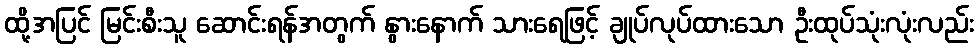
ထို့အပြင် မြင်းစီးသူ ဆောင်းရန်အတွက် နွားနောက် သားရေဖြင့် ချုပ်လုပ်ထားသော ဦးထုပ်သုံးလုံးလည်း